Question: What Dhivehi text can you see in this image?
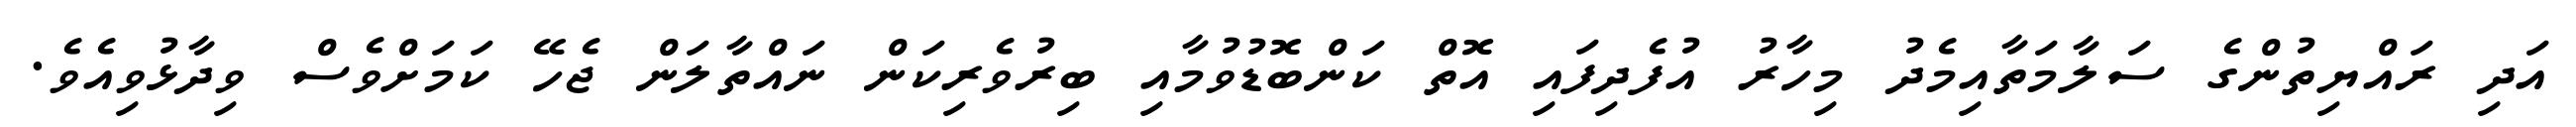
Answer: އަދި ރައްޔިތުންގެ ސަލާމަތާއިމެދު މިހާރު އުފެދިފައި އޮތް ކަންބޮޑުވުމާއި ބިރުވެރިކަން ނައްތާލަން ޖެހޭ ކަމަށްވެސް ވިދާޅުވިއެވެ.